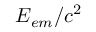
E _ { e m } / c ^ { 2 }